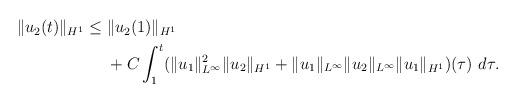
LaTeX: \begin{align*}\begin{aligned}{\|u_2(t)\|_{H^1}}\le{}& \|u_2(1)\|_{H^1} \\ &{}+ C \int^t_1 (\|u_1\|^2_{L^{\infty}} \|u_2\|_{H^1} + \|u_1\|_{L^{\infty}} \|u_2\|_{L^{\infty}} \|u_1\|_{H^1})(\tau) \ d\tau. \end{aligned}\end{align*}